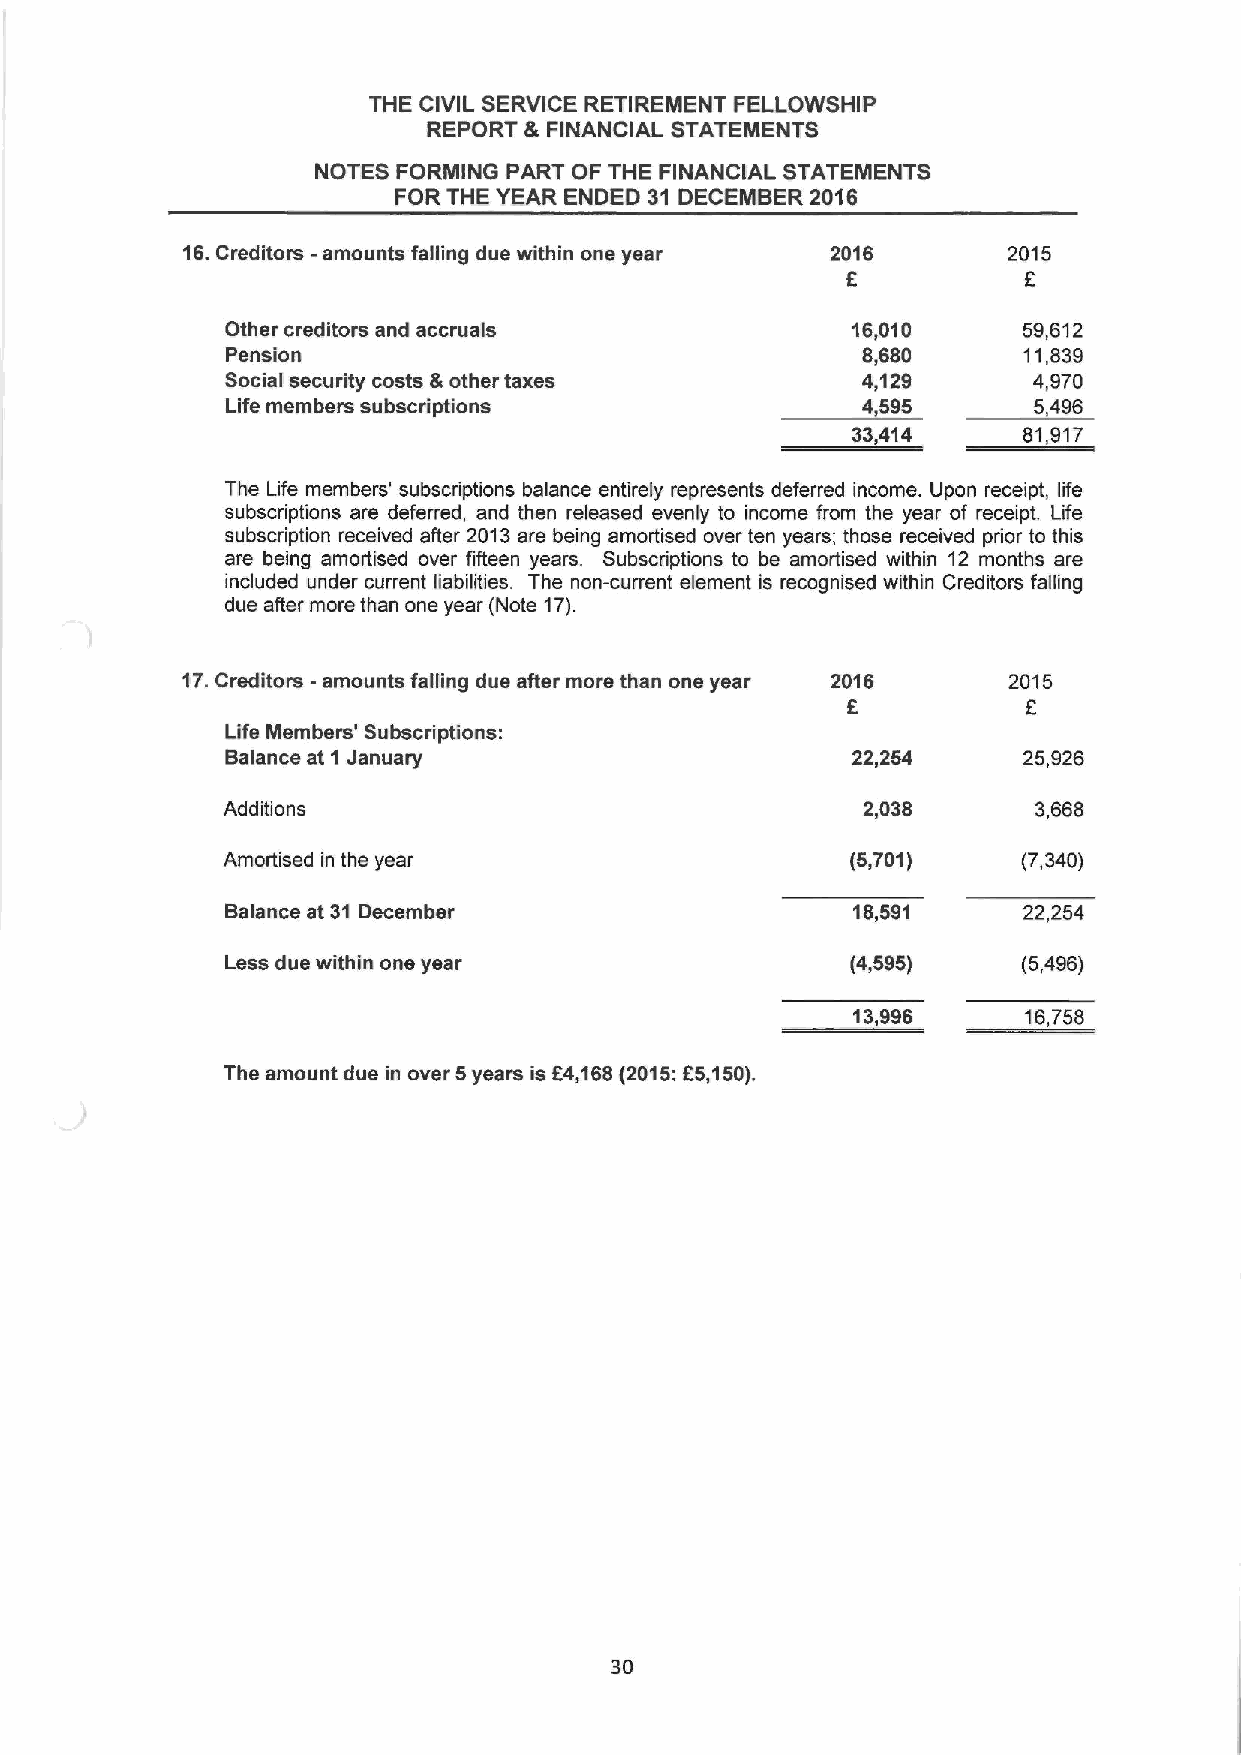
THE CIVIL SERVICE RETIREMENT FELLOWSHIP
 REPORT & FINANCIAL STATEMENTS
 NOTES FORMING PART OF THE FINANCIAL STATEMENTS
 FOR THE YEAR ENDED 31 DECEMBER 2016
 16.Creditors -amounts falling due within one year 2016 2015
 6           6
 Other creditors and accruals             16,010      59,612
 Pension                                   8,680      11,839
 Social security costs &other taxes        4,129      4,970
 Life members subscriptions                4,595      5,496
 33,414      81,917
 The Life members' subscriptions balance entirely represents deferred income. Upon receipt, life
 subscriptions are deferred, and then released evenly to income from the year of receipt. Life
 subscription received after 2013are being amortised over ten years; those received prior to this
 are being amortised over fifteen years. Subscriptions to be amortised within 12 months are
 included under current liabilities. The non-current element is recognised within Creditors falling
 due after more than one year (Note 17).
 17.Creditors -amounts falling due after more than one year 2016 2015
 F           6
 Life Members' Subscriptions:
 Balance at 1 January                     22,254      25,926
 Additions                                 2,038       3,668
 Amoitised in the year                    (5,701)     (7,340)
 Balance at 31 December                   18,591      22,254
 Less due within one year                 (4,595)     (5,496)
 13,996      16,758
 The amount due in over 5years is 54,168(2015:F5,150).
 30